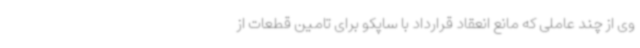
وی از چند عاملی که مانع انعقاد قرارداد با ساپکو برای تامین قطعات از